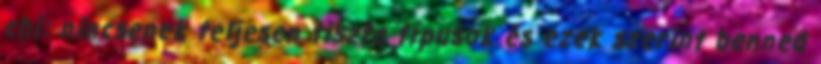
chi: nincsenek teljesen tiszta típusok és ezek szerint benned